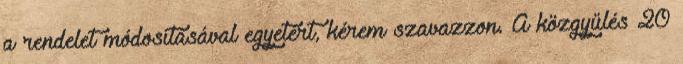
a rendelet módosításával egyetért, kérem szavazzon. A közgyűlés 20